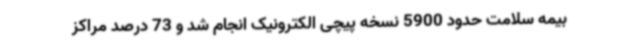
بیمه سلامت حدود 5900 نسخه پیچی الکترونیک انجام شد و 73 درصد مراکز